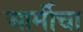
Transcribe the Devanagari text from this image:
आर्मीचा